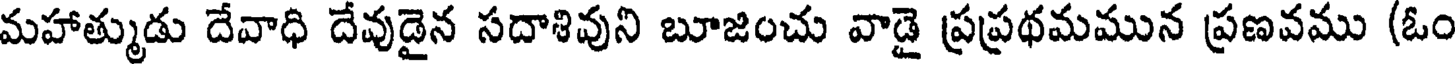
మహాత్ముడు దేవాధి దేవుడైన సదాశివుని బూజించు వాడై ప్రప్రథమమున ప్రణవము (ఓం